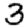
Digit: 3